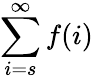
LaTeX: \sum_{i=s}^{\infty}f(i)